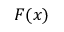
F ( x )